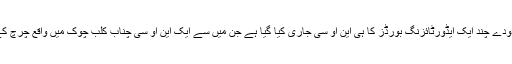
پی ایچ اے کی دستاویزات کے مطابق شہر میں معدودے چند ایک ایڈورٹائزنگ بورڈز کا ہی این او سی جاری کیا گیا ہے جن میں سے ایک این او سی چناب کلب چوک میں واقع چرچ کے احاطے میں لگے ایڈورٹائزنگ بورڈ کا بھی ہے۔